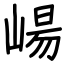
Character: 崵